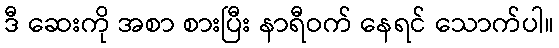
ဒီ ဆေးကို အစာ စားပြီး နာရီဝက် နေရင် သောက်ပါ။